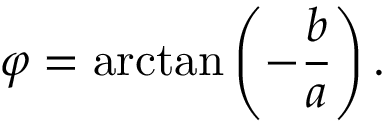
\varphi = \arctan \left( - { \frac { b } { a } } \right) .